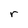
Character: r